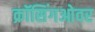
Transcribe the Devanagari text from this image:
क्रॉसिंगओवर